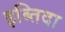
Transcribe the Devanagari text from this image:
इब्तिदा